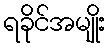
ရခိုင်အမျိုး